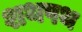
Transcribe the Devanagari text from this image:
शथपथ